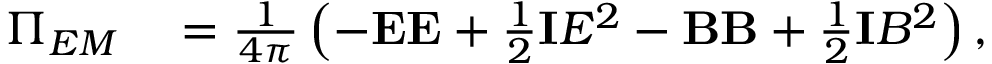
\begin{array} { r l } { \boldsymbol { \Pi } _ { E M } } & { { } = \frac { 1 } { 4 \pi } \left( - \mathbf { E } \mathbf { E } + \frac { 1 } { 2 } \mathbf { I } E ^ { 2 } - \mathbf { B } \mathbf { B } + \frac { 1 } { 2 } \mathbf { I } B ^ { 2 } \right) , } \end{array}